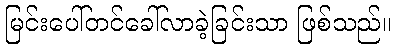
မြင်းပေါ်တင်ခေါ်လာခဲ့ခြင်းသာ ဖြစ်သည်။